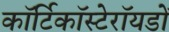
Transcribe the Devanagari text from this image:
कॉर्टिकॉस्टेरॉयडों